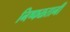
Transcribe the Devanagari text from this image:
निष्फळतानी